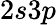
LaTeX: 2s3p